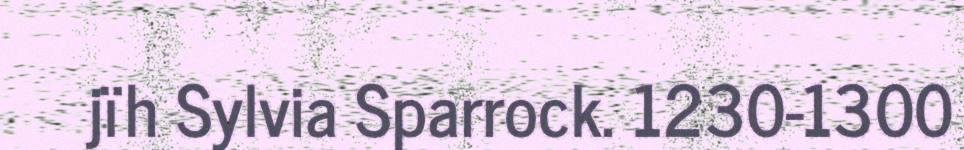
jïh Sylvia Sparrock. 1230-1300